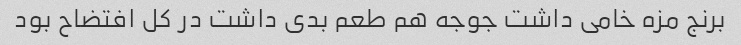
برنج مزه خامی داشت جوجه هم طعم بدی داشت در کل افتضاح بود